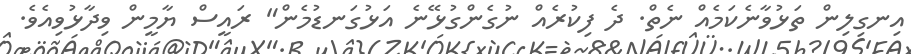
އިނގިލިން ތަޅުވާނެކަމެއް ނެތް. ދެ ފިކުރެއް ނުގެންގުޅޭނެ އަޅުގަނޑުމެން" ރައީސް ޔާމީން ވިދާޅުވިއެވެ.